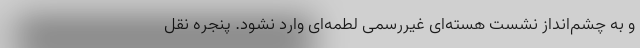
و به چشم‌انداز نشست هسته‌ای غیررسمی لطمه‌ای وارد نشود. پنجره نقل‌